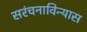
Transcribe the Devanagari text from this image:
सरंचनाविन्यास